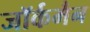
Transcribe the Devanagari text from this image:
जॉर्कमैन